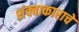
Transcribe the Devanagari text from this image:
शंक्वाकाराचे